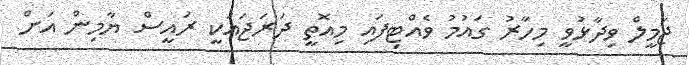
ޖަމީލް ވިދާޅުވީ މިހާރު ގައުމު ވެއްޓިފައި މިއޮތީ ދަރަޖައަކީ ރައީސް ޔާމިން އަށް